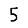
Digit: 5